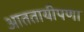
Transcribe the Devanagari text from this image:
आततायीपणा